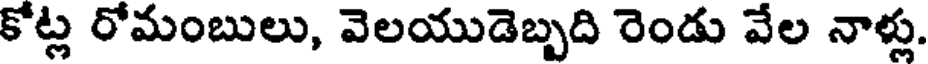
కోట్ల రోమంబులు, వెలయుడెబ్బది రెండు వేల నాళ్లు.